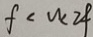
f < u < 2 f